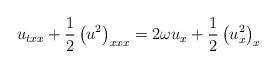
LaTeX: \begin{align*}u_{txx} + \frac{1}{2} \left(u^2 \right)_{xxx} = 2 \omega u_x + \frac{1}{2} \left( u_x^2 \right)_x\end{align*}